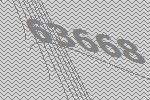
63668